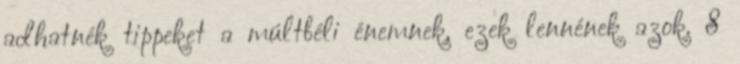
adhatnék tippeket a múltbéli énemnek, ezek lennének azok. 8